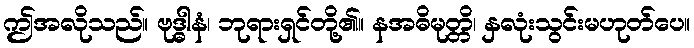
ဤအလိုသည်။ ဗုဒ္ဓါနံ၊ ဘုရားရှင်တို့၏။ နအဓိမုတ္တိ၊ နှလုံးသွင်းမဟုတ်ပေ။